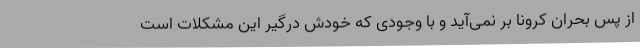
از پس بحران کرونا بر نمی‌آید و با وجودی که خودش درگیر این مشکلات است